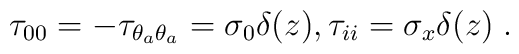
\tau_{00}=-\tau_{\theta_a\theta_a}=\sigma_0\delta(z),\-\tau_{ii}=\sigma_x\delta(z)\;.